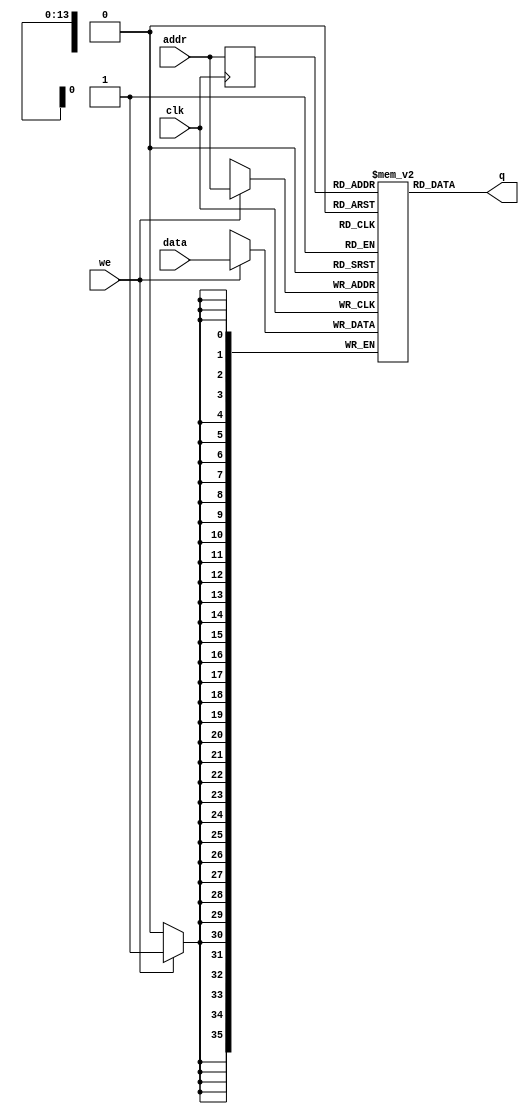
module onchip_ram
#(parameter DATA_WIDTH=36, parameter ADDR_WIDTH=14)
(
	input [(DATA_WIDTH-1):0] data,
	input [(ADDR_WIDTH-1):0] addr,
	input we, clk,
	output [(DATA_WIDTH-1):0] q
);

	// Declare the RAM variable
	reg [DATA_WIDTH-1:0] ram[2**ADDR_WIDTH-1:0];

	// Variable to hold the registered read address
	reg [ADDR_WIDTH-1:0] addr_reg;

	always @ (posedge clk)
	begin
		// Write
		if (we)
			ram[addr] <= data;

		addr_reg <= addr;
	end

	// Continuous assignment implies read returns NEW data.
	// This is the natural behavior of the TriMatrix memory
	// blocks in Single Port mode.  
	assign q = ram[addr_reg];

endmodule